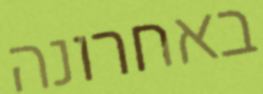
באחרונה